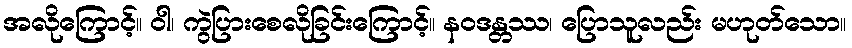
အလိုကြောင့်။ ဝါ၊ ကွဲပြားစေလိုခြင်းကြောင့်။ နဝဒန္တဿ၊ ပြောသူလည်း မဟုတ်သော။